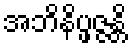
အဘိနိပ္ဖဇ္ဇန္တိ